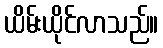
ယိမ်းယိုင်လာသည်။